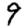
Digit: 9